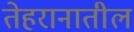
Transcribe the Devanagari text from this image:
तेहरानातील